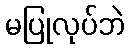
မပြုလုပ်ဘဲ